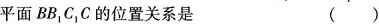
平面BB_{1}C_{1}C的位置关系是( )